Plague in India, 1896, 1897 - Volume 1
Year: 1896
Disease focus: Plague
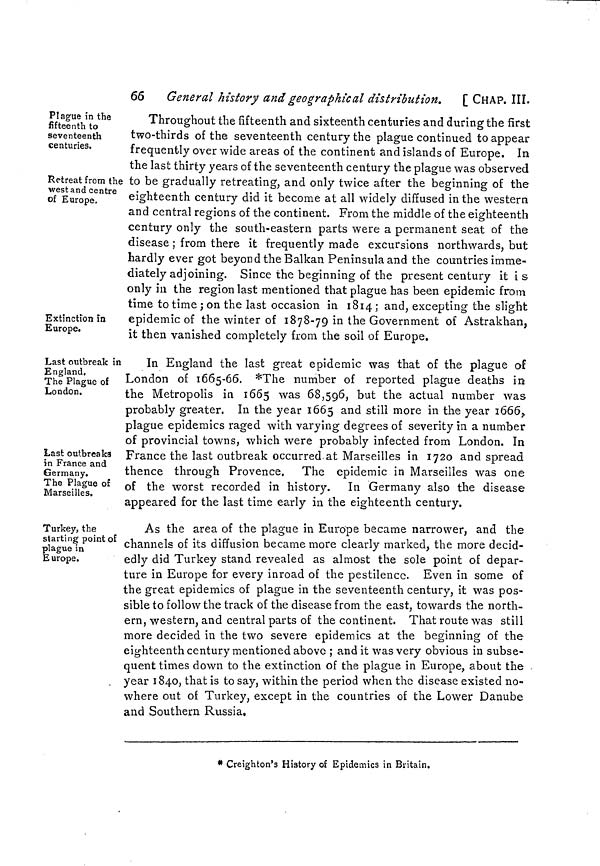
66
General history and geographical distribution. [ CHAP. III.
Plague in the
fifteenth to
seventeenth
centuries.
Retreat from the
west and centre
of Europe.
Extinction in
Europe.
Throughout the fifteenth and sixteenth centuries and during the first
two-thirds of the seventeenth century the plague continued to appear
frequently over wide areas of the continent and islands of Europe. In
the last thirty years of the seventeenth century the plague was observed
: to be gradually retreating, and only twice after the beginning of the
eighteenth century did it become at all widely diffused in the western
and central regions of the continent. From the middle of the eighteenth
century only the south-eastern parts were a permanent seat of the
disease ; from there it frequently made excursions northwards, but
hardly ever got beyond the Balkan Peninsula and the countries imme-
diately adjoining. Since the beginning of the present century it is
only in the region last mentioned that plague has been epidemic from
time to time ; on the last occasion in 1814 ; and, excepting the slight
epidemic of the winter of 1878-79 in the Government of Astrakhan,
it then vanished completely from the soil of Europe.
Last outbreak in
England.
The Plague of
London.
Last outbreaks
in France and
Germany.
The Plague of
Marseilles.
In England the last great epidemic was that of the plague of
London of 1665-66. *The number of reported plague deaths in
the Metropolis in 1665 was 68,596, but the actual number was
probably greater. In the year 1665 and still more in the year 1666,
plague epidemics raged with varying degrees of severity in a number
of provincial towns, which were probably infected from London. In
France the last outbreak occurred at Marseilles in 1720 and spread
thence through Provence. The epidemic in Marseilles was one
of the worst recorded in history. In Germany also the disease
appeared for the last time early in the eighteenth century.
Turkey, the
starting point of
plague in
Europe.
As the area of the plague in Europe became narrower, and the
channels of its diffusion became more clearly marked, the more decid-
edly did Turkey stand revealed as almost the sole point of depar-
ture in Europe for every inroad of the pestilence. Even in some of
the great epidemics of plague in the seventeenth century, it was pos-
sible to follow the track of the disease from the east, towards the north-
ern, western, and central parts of the continent. That route was still
more decided in the two severe epidemics at the beginning of the
eighteenth century mentioned above ; and it was very obvious in subse-
quent times down to the extinction of the plague in Europe, about the
year 1840, that is to say, within the period when the disease existed no-
where out of Turkey, except in the countries of the Lower Danube
and Southern Russia.
* Creighton's History of Epidemics in Britain.